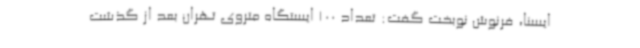
ایسنا، فرنوش نوبخت گفت: تعداد 100 ایستگاه متروی تهران بعد از گذشت